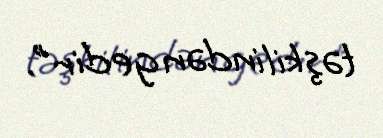
təşkilindən gedir".